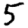
Digit: 5